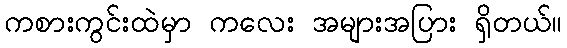
ကစားကွင်းထဲမှာ ကလေး အများအပြား ရှိတယ်။